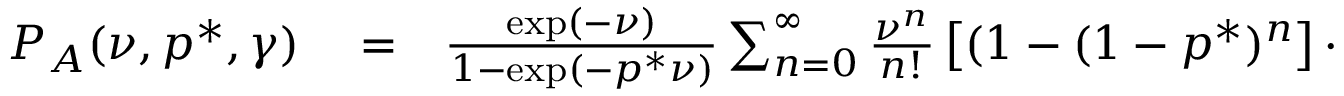
\begin{array} { r l r } { P _ { A } ( \nu , p ^ { * } , \gamma ) } & { { } = } & { \frac { \exp ( - \nu ) } { 1 - \exp ( - p ^ { * } \nu ) } \sum _ { n = 0 } ^ { \infty } \frac { \nu ^ { n } } { n ! } \left[ ( 1 - ( 1 - p ^ { * } ) ^ { n } \right] \cdot } \end{array}